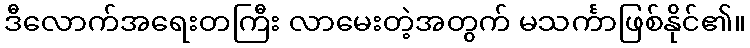
ဒီလောက်အရေးတကြီး လာမေးတဲ့အတွက် မသင်္ကာဖြစ်နိုင်၏။